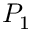
P _ { 1 }